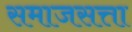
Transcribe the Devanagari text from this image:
समाजसत्ता